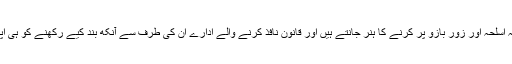
جو ہر تنازعہ کا فیصلہ اسلحہ اور زورِ بازو پر کرنے کا ہنر جانتے ہیں اور قانون نافذ کرنے والے ادارے ان کی طرف سے آنکھ بند کیے رکھنے کو ہی اپنا فرض سمجھتے ہیں۔